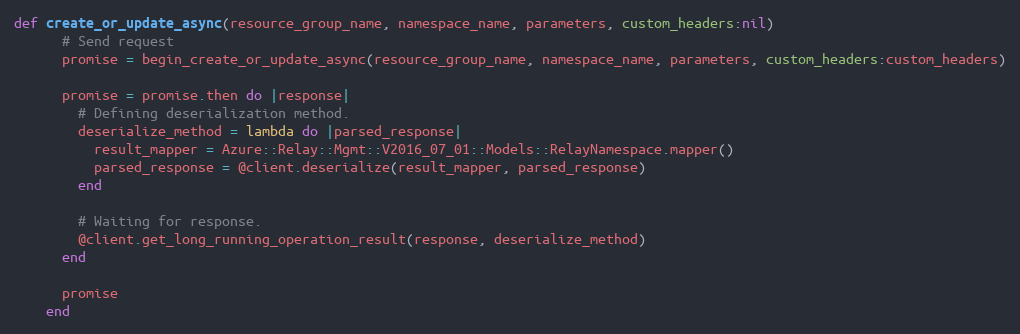
Language: Ruby
def create_or_update_async(resource_group_name, namespace_name, parameters, custom_headers:nil)
      # Send request
      promise = begin_create_or_update_async(resource_group_name, namespace_name, parameters, custom_headers:custom_headers)

      promise = promise.then do |response|
        # Defining deserialization method.
        deserialize_method = lambda do |parsed_response|
          result_mapper = Azure::Relay::Mgmt::V2016_07_01::Models::RelayNamespace.mapper()
          parsed_response = @client.deserialize(result_mapper, parsed_response)
        end

        # Waiting for response.
        @client.get_long_running_operation_result(response, deserialize_method)
      end

      promise
    end